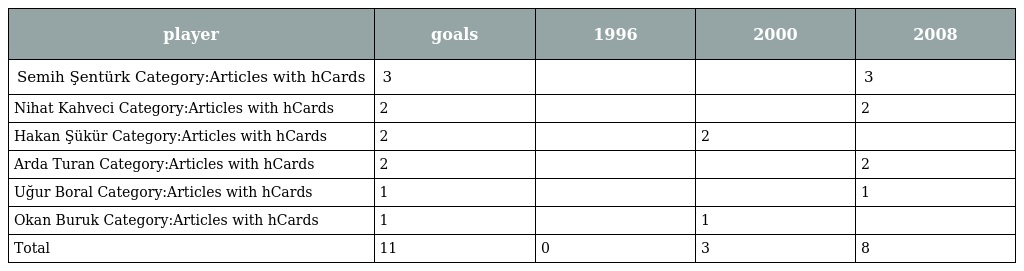
| player | goals | 1996 | 2000 | 2008 |
 | --- | --- | --- | --- | --- |
 | Semih Şentürk Category:Articles with hCards | 3 |  |  | 3 |
 | Nihat Kahveci Category:Articles with hCards | 2 |  |  | 2 |
 | Hakan Şükür Category:Articles with hCards | 2 |  | 2 |  |
 | Arda Turan Category:Articles with hCards | 2 |  |  | 2 |
 | Uğur Boral Category:Articles with hCards | 1 |  |  | 1 |
 | Okan Buruk Category:Articles with hCards | 1 |  | 1 |  |
 | Total | 11 | 0 | 3 | 8 |